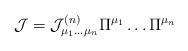
\begin{align*}{\cal J} ={\cal J}^{(n)}_{\mu_1\dots\mu_n}\Pi^{\mu_1}\dots\Pi^{\mu_n}\end{align*}